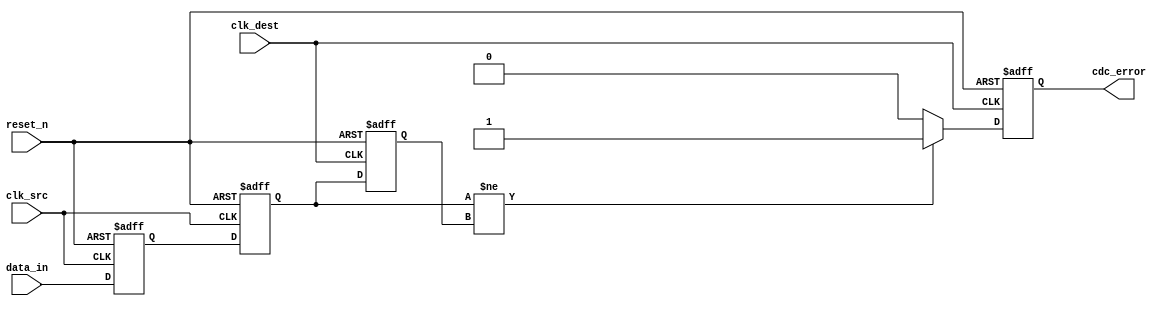
module cdc_detector #(
    parameter DATA_WIDTH = 1  // Configurable data width
)(
    input wire [DATA_WIDTH-1:0] data_in,  // Input data signal
    input wire clk_src,                   // Source clock
    input wire clk_dest,                  // Destination clock
    input wire reset_n,                   // Asynchronous reset (active low)
    output reg cdc_error                  // CDC error flag
);

    // Synchronization registers
    reg [DATA_WIDTH-1:0] sync_ff1;
    reg [DATA_WIDTH-1:0] sync_ff2;

    // Previous data value in the destination clock domain
    reg [DATA_WIDTH-1:0] prev_data;

    // Dual Flip-Flop Synchronizer
    always @(posedge clk_src or negedge reset_n) begin
        if (!reset_n) begin
            sync_ff1 <= {DATA_WIDTH{1'b0}};
        end else begin
            sync_ff1 <= data_in;  // Sample the input data on the source clock
        end
    end

    always @(posedge clk_src or negedge reset_n) begin
        if (!reset_n) begin
            sync_ff2 <= {DATA_WIDTH{1'b0}};
        end else begin
            sync_ff2 <= sync_ff1;  // Transfer to second stage
        end
    end

    // Error Detection Logic
    always @(posedge clk_dest or negedge reset_n) begin
        if (!reset_n) begin
            cdc_error <= 1'b0;
            prev_data <= {DATA_WIDTH{1'b0}};
        end else begin
            // Check for edge detection
            if (sync_ff2 != prev_data) begin
                cdc_error <= 1'b1;  // Assert error flag if a change is detected
            end else begin
                cdc_error <= 1'b0;  // Clear error flag if no change
            end
            prev_data <= sync_ff2;  // Update previous data value
        end
    end

endmodule